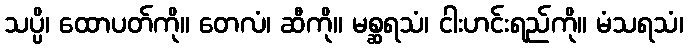
သပ္ပိ၊ ထောပတ်ကို။ တေလံ၊ ဆီကို။ မစ္ဆရသံ၊ ငါးဟင်းရည်ကို။ မံသရသံ၊